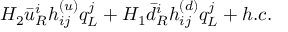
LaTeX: H _ { 2 } \bar { u } _ { R } ^ { i } h _ { i j } ^ { ( u ) } q _ { L } ^ { j } + H _ { 1 } \bar { d } _ { R } ^ { i } h _ { i j } ^ { ( d ) } q _ { L } ^ { j } + h . c .